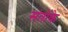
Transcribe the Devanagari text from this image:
संतोंके